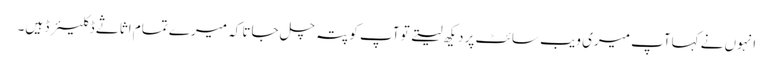
انہوں نے کہاآپ میری ویب سائٹ پر دیکھ لیتے تو آپ کو پتہ چل جاتا کہ میرے تمام اثاثے ڈکلیئرڈ ہیں۔